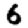
Digit: 6